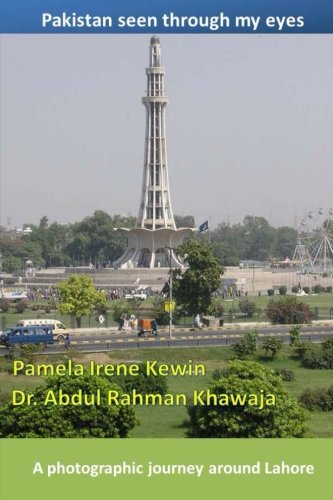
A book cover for Pakistan seen through my eyes: A photographic journey around Lahore; Pamela Irene Kewin; Travel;